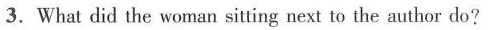
3.What did the woman sitting next to the author do?